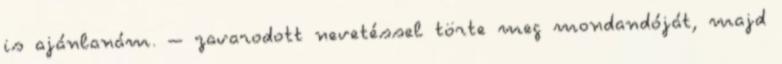
is ajánlanám. – zavarodott nevetéssel törte meg mondandóját, majd